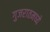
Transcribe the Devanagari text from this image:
गुजरातमघ्ये